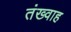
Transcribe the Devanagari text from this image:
तंख्वाह